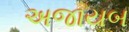
અજાયબ